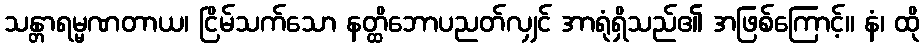
သန္တာရမ္မဏတာယ၊ ငြိမ်သက်သော နတ္ထိဘောပညတ်လျှင် အာရုံရှိသည်၏ အဖြစ်ကြောင့်။ နံ၊ ထို